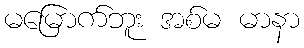
မမြောက်ဘူး အစ်မ မာနာ